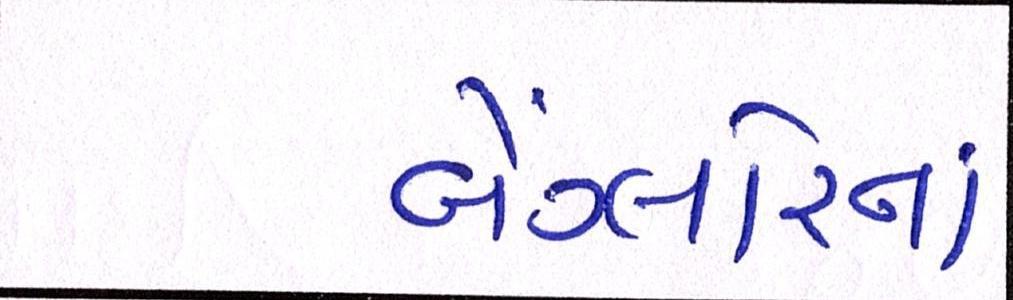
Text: બેંગ્લોરનાં